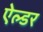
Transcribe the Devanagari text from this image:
ऐल्डर